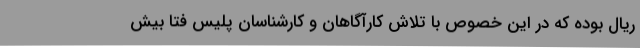
ریال بوده که در این خصوص با تلاش کارآگاهان و کارشناسان پلیس فتا بیش